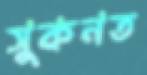
সুকনত